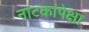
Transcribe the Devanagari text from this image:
नाटकांपेक्षा